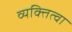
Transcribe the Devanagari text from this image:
व्यक्तित्वा